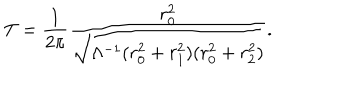
LaTeX: T = \frac { 1 } { 2 \pi } \frac { r _ { 0 } ^ { 2 } } { \sqrt { \Lambda ^ { - 1 } ( r _ { 0 } ^ { 2 } + r _ { 1 } ^ { 2 } ) ( r _ { 0 } ^ { 2 } + r _ { 2 } ^ { 2 } ) } } .